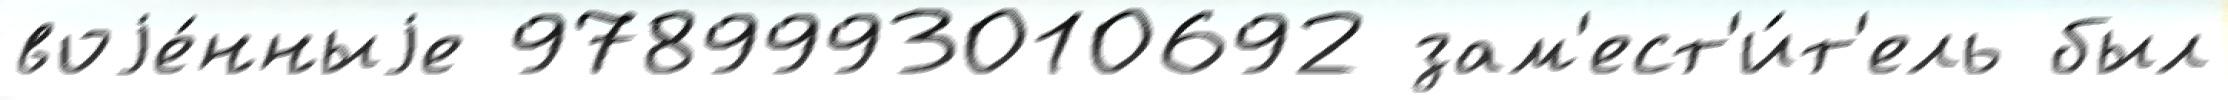
воjе́нныjе 9789993010692 зам'ест'и́т'ель был